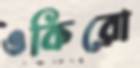
ওকিরো